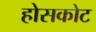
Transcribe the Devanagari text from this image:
होसकोट